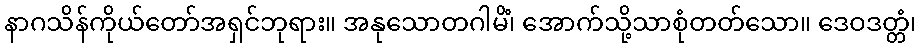
နာဂသိန်ကိုယ်တော်အရှင်ဘုရား။ အနုသောတဂါမိံ၊ အောက်သို့သာစုံတတ်သော။ ဒေဝဒတ္တံ၊